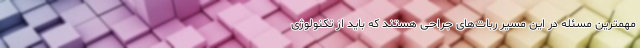
مهمترین مسئله در این مسیر ربات‌های جراحی هستند که باید از تکنولوژی